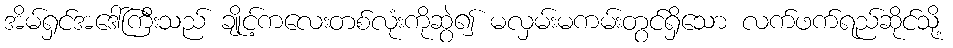
အိမ်ရှင်အဒေါ်ကြီးသည် ချိုင့်ကလေးတစ်လုံးကိုဆွဲ၍ မလှမ်းမကမ်းတွင်ရှိသော လက်ဖက်ရည်ဆိုင်သို့